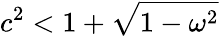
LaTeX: c^{2}<1+\sqrt{1-\omega^{2}}